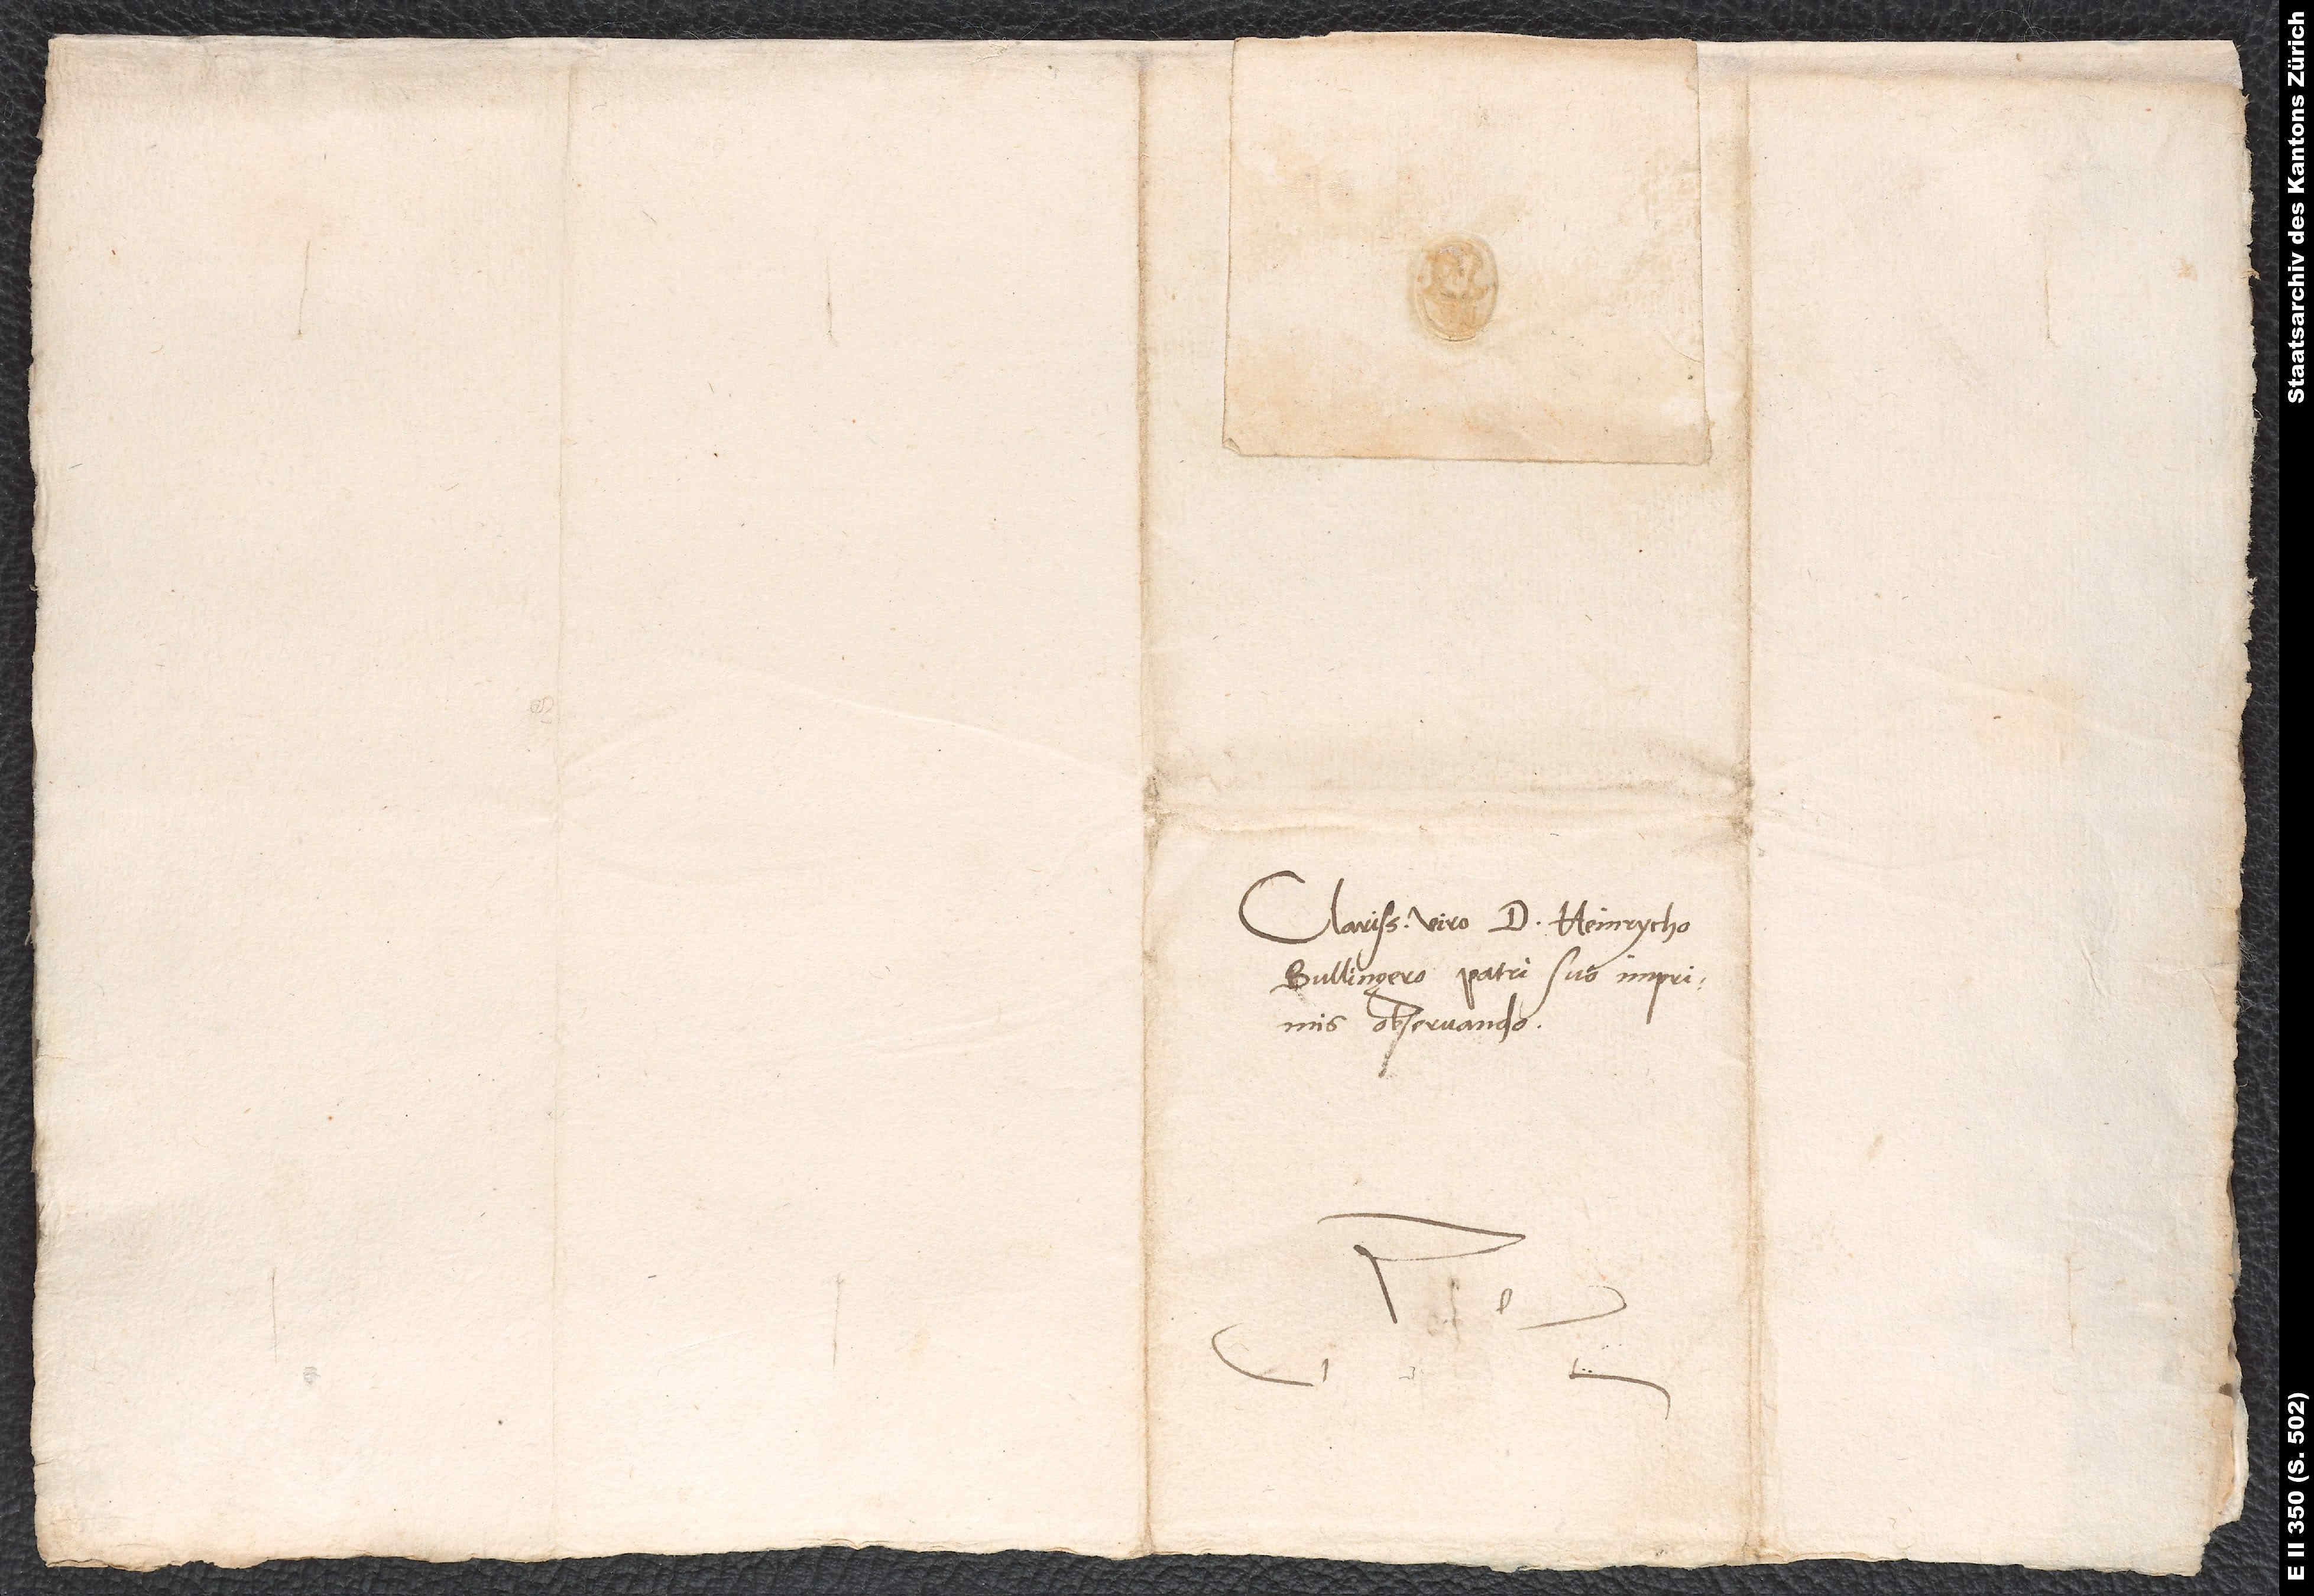
Clarissimo viro d. Heinrycho
Bullingero, patri suo imprimis
observando.